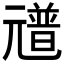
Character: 𠒻